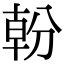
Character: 𭃿